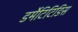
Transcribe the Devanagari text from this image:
डर्मेटिटिडिस